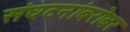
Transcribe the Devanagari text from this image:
संघटनांबरोबर